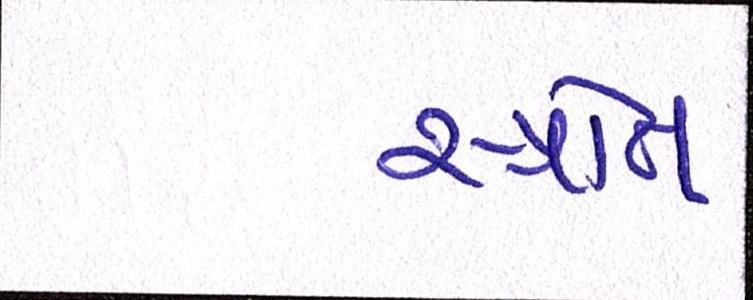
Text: સ્ત્રોત